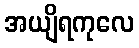
အယျိရကုလေ